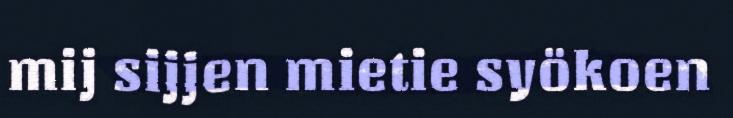
mij sijjen mietie syökoen